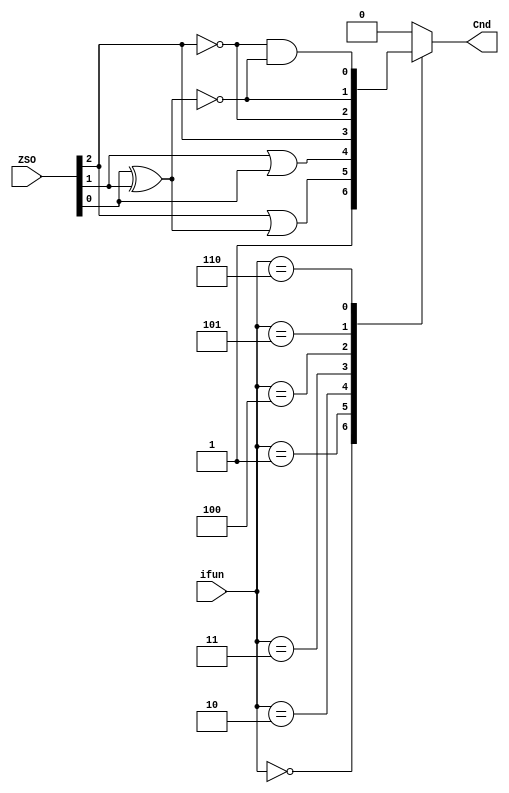
`timescale 1ns / 1ps
//////////////////////////////////////////////////////////////////////////////////
// Company: 
// Engineer: 
// 
// Design Name: 
// Module Name: CND
// Project Name: 
// Target Devices: 
// Tool Versions: 
// Description: 
// 
// Dependencies: 
// 
// Revision:
// Revision 0.01 - File Created
// Additional Comments:
// 
//////////////////////////////////////////////////////////////////////////////////


module CND(
    input [2:0] ZSO,
    input [3:0] ifun,
    output reg Cnd
    );
    
    always @ (ifun, ZSO) begin
        case (ifun) 
            4'h0 : Cnd = 4'h1;
            4'h1 : Cnd = ZSO[2] | (ZSO[0] ^ ZSO [1]);
            4'h2 : Cnd = ZSO[1] | ZSO[0];
            4'h3 : Cnd = ZSO[2];
            4'h4 : Cnd = ~ZSO[2];
            4'h5 : Cnd = ~(ZSO[1] ^ ZSO[0]);
            4'h6 : Cnd = ~ZSO[2] & ~(ZSO[1] ^ ZSO[0]);
            default : Cnd = 0;
        endcase
    end
    
endmodule